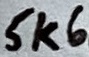
Text: 5k6